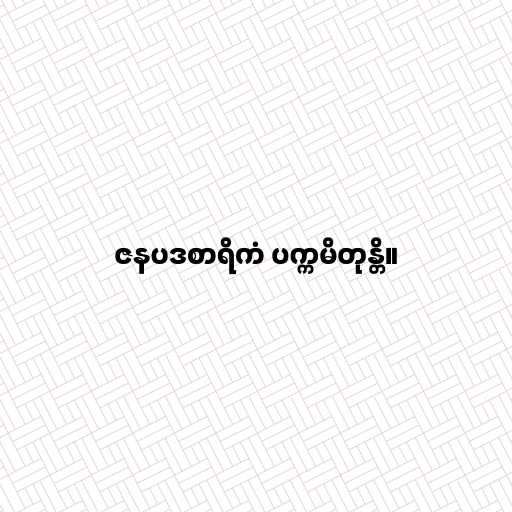
ဇနပဒစာရိကံ ပက္ကမိတုန္တိ။